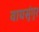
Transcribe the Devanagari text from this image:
वायसुंगुर